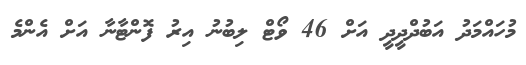
މުހައްމަދު އަބުދްދީދީ އަށް 46 ވޯޓް ލިބުނު އިރު ފޮންޓާނާ އަށް އެންމެ